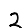
Digit: 2